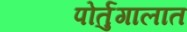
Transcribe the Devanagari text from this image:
पोर्तुगालात